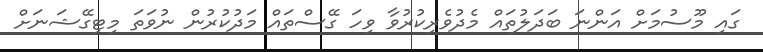
ގައި މޫސުމަށް އަންނަ ބަދަލުތައް މެދުވެރިކުރުވާ ވިހަ ގޭސްތައް މަދުކުރުން ނުވަތަ މިޓިގޭޝަނަށް